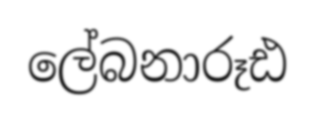
ලේබනාරූඪ